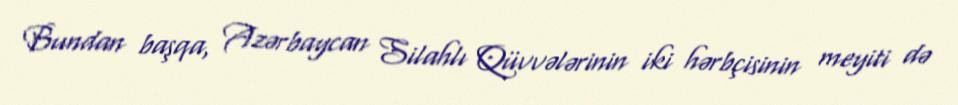
Bundan başqa, Azərbaycan Silahlı Qüvvələrinin iki hərbçisinin meyiti də